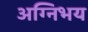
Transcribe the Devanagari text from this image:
अग्निभय